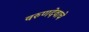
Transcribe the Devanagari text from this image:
वरुणदेवाचे